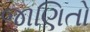
જાણિતો